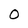
Character: O